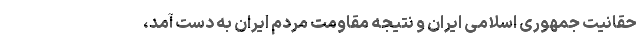
حقانیت جمهوری اسلامی ایران و نتیجه مقاومت مردم ایران به دست آمد،